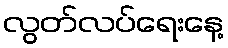
လွတ်လပ်ရေးနေ့